Madras plague regulations in force outside the Presidency town - Volume 6
Disease focus: Plague
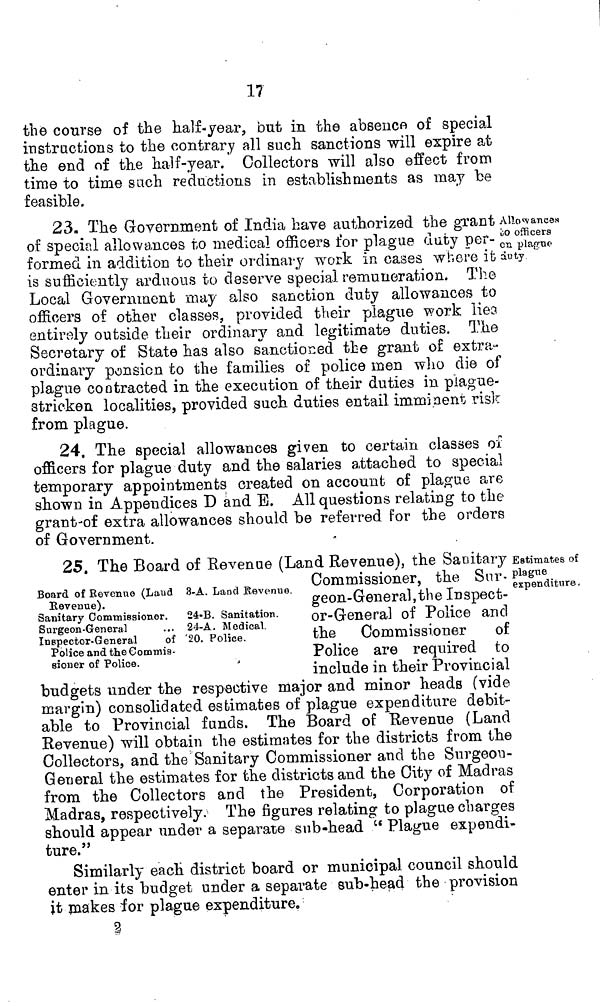
17
the course of the half-year, but in the absence of special
instructions to the contrary all such sanctions will expire at
the end of the half-year. Collectors will also effect from
time to time such reductions in establishments as may be
feasible.
23. The Government of India have authorized the grant
of special allowances to medical officers for plague duty per-
formed in addition to their ordinary work in cases where it
is sufficiently arduous to deserve special remuneration. The
Local Government may also sanction duty allowances to
officers of other classes, provided their plague work lies
entirely outside their ordinary and legitimate duties. The
Secretary of State has also sanctioned the grant of extra-
ordinary pension to the families of police men who die of
plague contracted in the execution of their duties in plague-
stricken localities, provided such duties entail imminent risk
from plague.
Allowances
to officers
en plague
duty
24, The special allowances given to certain classes of
officers for plague duty and the salaries attached to special
temporary appointments created on account of plague are
shown in Appendices D and E. All questions relating to the
grant-of extra allowances should be referred for the orders
of Government.
Board of Revenue (Laud 3-A. Land Revenue,
Revenue).
Sanitary Commissioner.
24-B. Sanitation.
Surgeon-General
... 24-A. Medical.
Inspector-General
of '20. Police.
Police and the Commis-
sioner of Police.
25. The Board of Revenue (Land Revenue"), the Sanitary
Commissioner, the Sur-
geon-General, the Inspect-
or-General of Police and
the Commissioner of
Police are required to
include in their Provincial
budgets under the respective major and minor heads (vide
margin) consolidated estimates of plague expenditure debit-
able to Provincial funds. The Board of Revenue (Land
Revenue) will obtain the estimates for the districts from the
Collectors, and the Sanitary Commissioner and the Surgeon-
General the estimates for the districts and the City of Madras
from the Collectors and the President, Corporation of
Madras, respectively. The figures relating to plague charges
should appear under a separate sub-head " Plague expendi-
ture."
Estimates of
plague
expenditure,
Similarly each district board or municipal council should
enter in its budget under a separate sub-head the provision
it makes for plague expenditure.
2